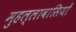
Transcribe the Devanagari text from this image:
मुहल्लावासियों